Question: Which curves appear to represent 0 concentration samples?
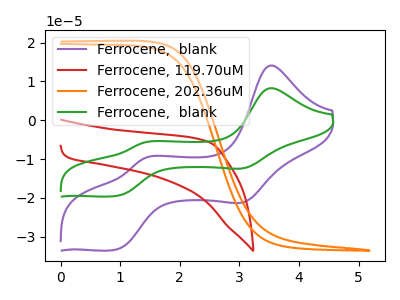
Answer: <think>The purple curve "Ferrocene,  blank" has anodic peaks at (3.55V, 14.10uA) (1.40V, -9.80uA) and cathodic peaks at (3.05V, -21.05uA) (0.90V, -33.35uA). The red curve "Ferrocene, 119.70uM" has no peaks. The orange curve "Ferrocene, 202.36uM" has no peaks. The green curve "Ferrocene,  blank" has anodic peaks at (3.55V, 8.25uA) (1.40V, -5.75uA) and cathodic peaks at (3.05V, -12.30uA) (0.90V, -19.50uA).</think>
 <answer>"Ferrocene, 119.70uM" and "Ferrocene, 202.36uM" are likely to be blanks.</answer>
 <eval>"Ferrocene, 119.70uM", "Ferrocene, 202.36uM"</eval>